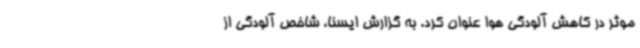
موثر در کاهش آلودگی هوا عنوان کرد. به گزارش ایسنا، شاخص آلودگی از